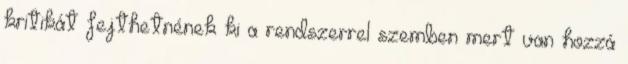
kritikát fejthetnének ki a rendszerrel szemben mert van hozzá